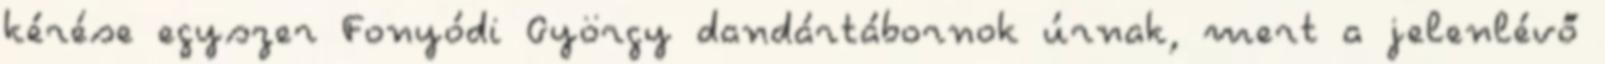
kérése egyszer Fonyódi György dandártábornok úrnak, mert a jelenlévő